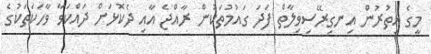
މީގެ އިތުރުން އިނގިރޭސިވިލާތް ފަދަ ގައުމުތަކުން ރާއްޖެ އާއި ދެކޮޅަށް ދައްކަވާ ވާހަކަތަކުގެ